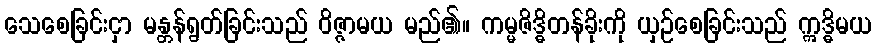
သေစေခြင်းငှာ မန္တန်ရွတ်ခြင်းသည် ဝိဇ္ဇာမယ မည်၏။ ကမ္မဇိဒ္ဓိတန်ခိုးကို ယှဉ်စေခြင်းသည် ဣဒ္ဓိမယ